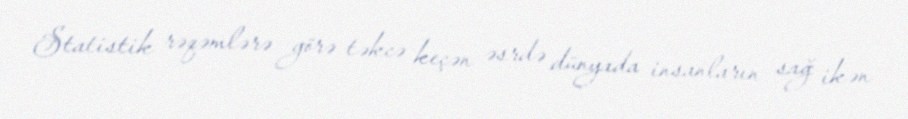
Statistik rəqəmlərə görə təkcə keçən əsrdə dünyada insanların sağ ikən